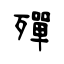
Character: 殫